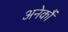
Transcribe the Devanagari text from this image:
अनेकौं